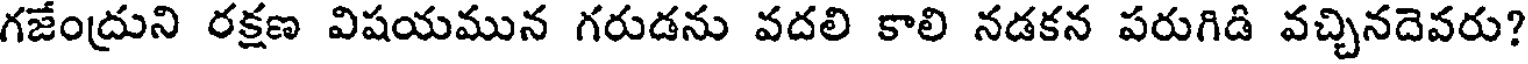
గజేంద్రుని రక్షణ విషయమున గరుడను వదలి కాలి నడకన పరుగిడి వచ్చినదెవరు?